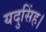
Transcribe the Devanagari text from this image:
यदुसिंह।